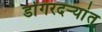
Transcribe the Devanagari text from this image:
डोंगरदर्‍यांत